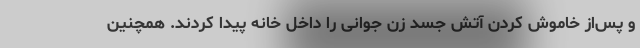
و پس‌از خاموش کردن آتش جسد زن جوانی را داخل خانه پیدا کردند. همچنین